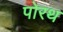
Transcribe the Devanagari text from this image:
पोरथ